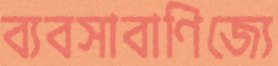
ব্যবসাবাণিজ্যে